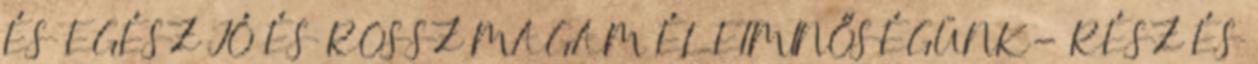
ÉS EGÉSZ JÓ ÉS ROSSZ MAGAM ÉLETMINŐSÉGÜNK- RÉSZ ÉS